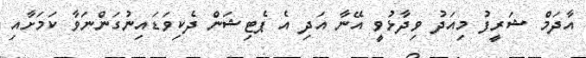
އާދަމް ޝަރީފު މިއަދު ވިދާޅުވީ އޭނާ އަދި އެ ޕެޓިޝަން ދެކިވަޑައިނުގަންނަވާ ކަމަށާއި